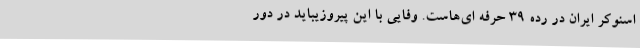
اسنوکر ایران در رده 39 حرفه ای‌هاست. وفایی با این پیروزیباید در دور